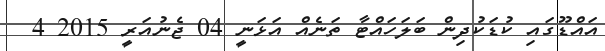
އައްޑޫގައި ކުޑަކުދިން ބަލަހައްޓާ ތަނެއް އަޅަނީ 04 ޖެނުއަރީ 2015 4